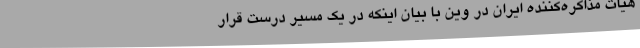
هیات مذاکره‌کننده ایران در وین با بیان اینکه در یک مسیر درست قرار